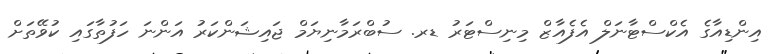
އިންޑިއާގެ އެކްސްޓާނަލް އެފެއާޒް މިނިސްޓަރު ޑރ. ސުބްރަމާނިޔަމް ޖައިޝަންކަރު އަންނަ ހަފުތާގައި ކުވޭތަށް